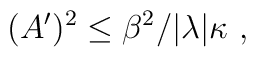
(A^\prime)^2\leq\beta^2/|\lambda|\kappa~,